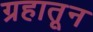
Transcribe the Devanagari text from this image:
ग्रहातून